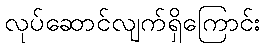
လုပ်ဆောင်လျက်ရှိကြောင်း